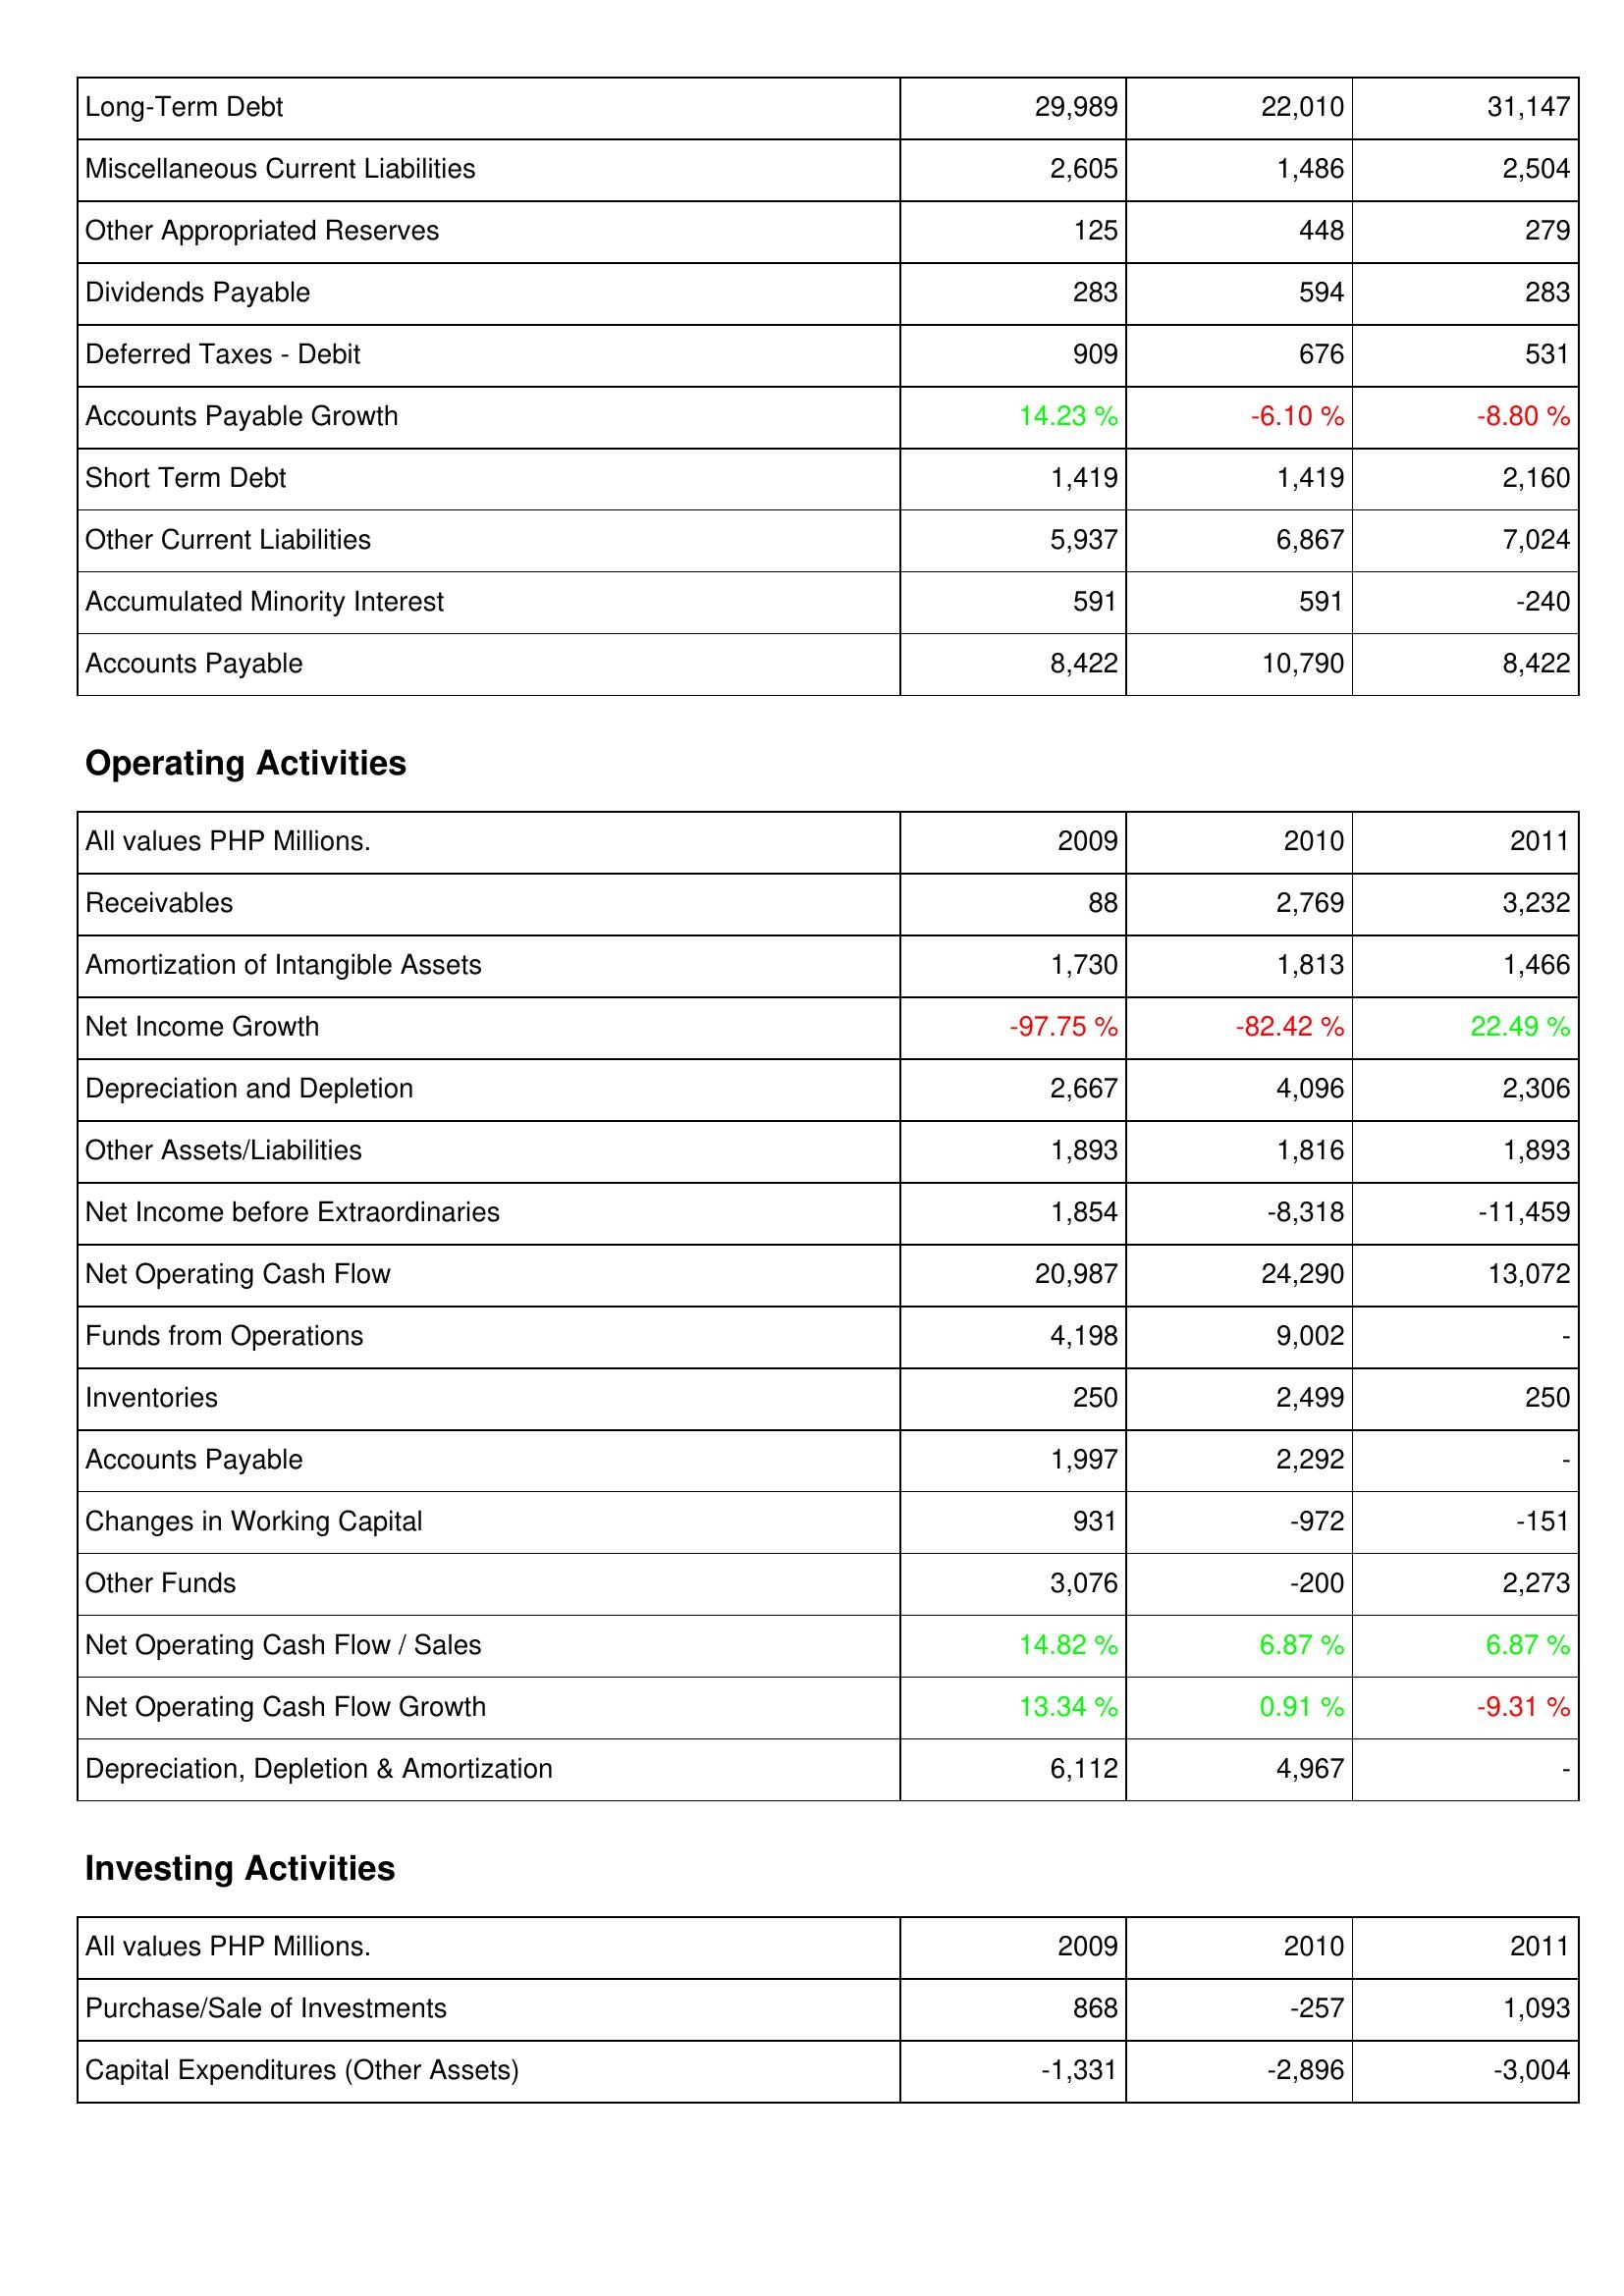
2009: Liabilities & Shareholders' Equity: Long-Term Debt: 29,989
Miscellaneous Current Liabilities: 2,605
Other Appropriated Reserves: 125
Dividends Payable: 283
Deferred Taxes - Debit: 909
Accounts Payable Growth: 14.23 %
Short Term Debt: 1,419
Other Current Liabilities: 5,937
Accumulated Minority Interest: 591
Accounts Payable: 8,422
Operating Activities: Receivables: 88
Amortization of Intangible Assets: 1,730
Net Income Growth: -97.75 %
Depreciation and Depletion: 2,667
Other Assets/Liabilities: 1,893
Net Income before Extraordinaries: 1,854
Net Operating Cash Flow: 20,987
Funds from Operations: 4,198
Inventories: 250
Accounts Payable: 1,997
Changes in Working Capital: 931
Other Funds: 3,076
Net Operating Cash Flow / Sales: 14.82 %
Net Operating Cash Flow Growth: 13.34 %
Depreciation, Depletion & Amortization: 6,112
Investing Activities: Purchase/Sale of Investments: 868
Capital Expenditures (Other Assets): -1,331
2010: Liabilities & Shareholders' Equity: Long-Term Debt: 22,010
Miscellaneous Current Liabilities: 1,486
Other Appropriated Reserves: 448
Dividends Payable: 594
Deferred Taxes - Debit: 676
Accounts Payable Growth: -6.10 %
Short Term Debt: 1,419
Other Current Liabilities: 6,867
Accumulated Minority Interest: 591
Accounts Payable: 10,790
Operating Activities: Receivables: 2,769
Amortization of Intangible Assets: 1,813
Net Income Growth: -82.42 %
Depreciation and Depletion: 4,096
Other Assets/Liabilities: 1,816
Net Income before Extraordinaries: -8,318
Net Operating Cash Flow: 24,290
Funds from Operations: 9,002
Inventories: 2,499
Accounts Payable: 2,292
Changes in Working Capital: -972
Other Funds: -200
Net Operating Cash Flow / Sales: 6.87 %
Net Operating Cash Flow Growth: 0.91 %
Depreciation, Depletion & Amortization: 4,967
Investing Activities: Purchase/Sale of Investments: -257
Capital Expenditures (Other Assets): -2,896
2011: Liabilities & Shareholders' Equity: Long-Term Debt: 31,147
Miscellaneous Current Liabilities: 2,504
Other Appropriated Reserves: 279
Dividends Payable: 283
Deferred Taxes - Debit: 531
Accounts Payable Growth: -8.80 %
Short Term Debt: 2,160
Other Current Liabilities: 7,024
Accumulated Minority Interest: -240
Accounts Payable: 8,422
Operating Activities: Receivables: 3,232
Amortization of Intangible Assets: 1,466
Net Income Growth: 22.49 %
Depreciation and Depletion: 2,306
Other Assets/Liabilities: 1,893
Net Income before Extraordinaries: -11,459
Net Operating Cash Flow: 13,072
Funds from Operations: -
Inventories: 250
Accounts Payable: -
Changes in Working Capital: -151
Other Funds: 2,273
Net Operating Cash Flow / Sales: 6.87 %
Net Operating Cash Flow Growth: -9.31 %
Depreciation, Depletion & Amortization: -
Investing Activities: Purchase/Sale of Investments: 1,093
Capital Expenditures (Other Assets): -3,004